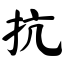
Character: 抗